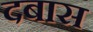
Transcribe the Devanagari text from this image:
दबास